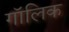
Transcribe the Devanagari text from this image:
गॉलिक